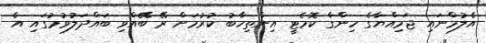
އެލުމްނައި ޖަމިއްޔާގެ ހިންގާ ކޮމެޓީ އިންތިހާބު ކުރުމަށް ރޭ ބޭއްވި ބައްދަލުވުމުގައި އެ